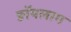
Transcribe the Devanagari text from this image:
ङॉयलाग